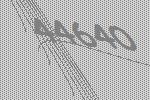
44640